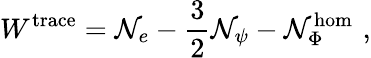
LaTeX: W^{\mathrm{trace}}={\cal N}_{e}-\frac 32{\cal N}_{\psi}-{\cal N}_{\Phi}^{\mathrm{hom}}\, \, ,